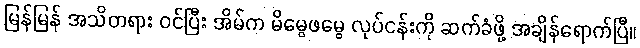
မြန်မြန် အသိတရား ဝင်ပြီး အိမ်က မိမွေဖမွေ လုပ်ငန်းကို ဆက်ခံဖို့ အချိန်ရောက်ပြီ။